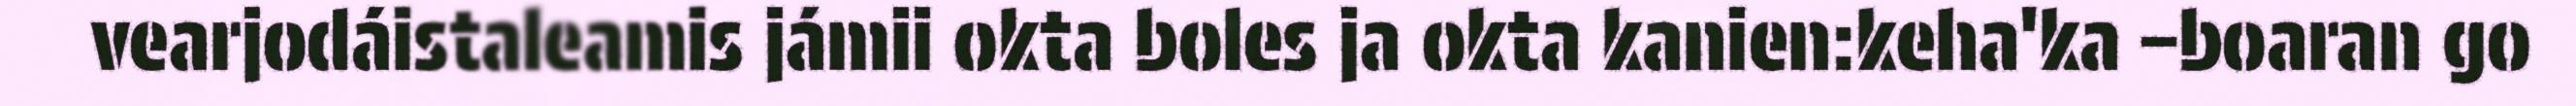
vearjodáistaleamis jámii okta boles ja okta kanien:keha'ka –boaran go